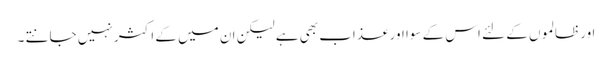
اور ظالموں کے لئے اس کے سوا اور عذاب بھی ہے لیکن ان میں کے اکثر نہیں جانتے ۔